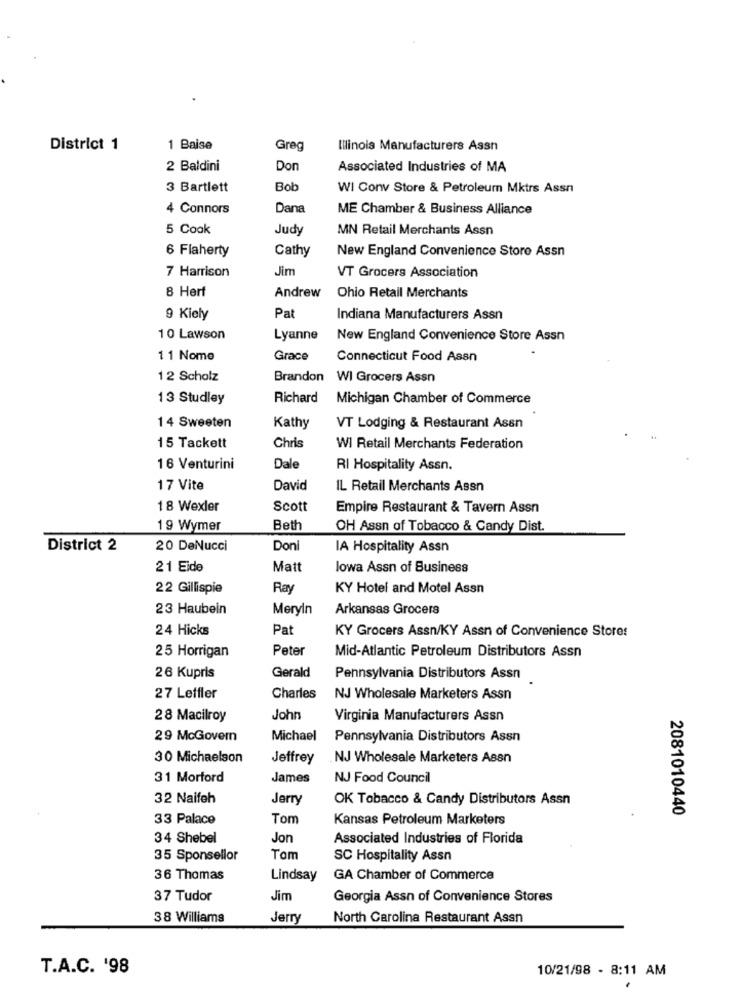
District 1
1 Baise
Greg
Illinois Manufacturers Assn
2 Baldini
Don
Associated Industries of MA
3 Bartlett
Bob
WI Conv Store & Petroleum Mktrs Assn
4 Connors
Dana
ME Chamber & Business Alliance
5 Cook
Judy
MN Retail Merchants Assn
6 Flaherty
Cathy
New England Convenience Store Assn
7 Harrison
Jim
VT Grocers Association
8 Herf
Andrew
Ohio Retail Merchants
9 Kiely
Pat
Indiana Manufacturers Assn
10 Lawson
Lyanne
New England Convenience Store Assn
1 1 Nome
Grace
Connecticut Food Assn
12 Scholz
Brandon
WI Grocers Assn
13 Studley
Richard
Michigan Chamber of Commerce
14 Sweeten
Kathy
VT Lodging & Restaurant Assn
15 Tackett
Chris
WI Retail Merchants Federation
16 Venturini
Dale
RI Hospitality Assn.
17 Vite
David
IL Retail Merchants Assn
18 Wexler
Scott
Empire Restaurant & Tavern Assn
19 Wymer
Beth
OH Assn of Tobacco & Candy Dist.
District 2
20 DeNucci
Doni
IA Hospitality Assn
21 Eide
Matt
lowa Assn of Business
22 Gillispie
Ray
KY Hotel and Motel Assn
23 Haubein
Meryln
Arkansas Grocers
24 Hicks
Pat
KY Grocers Assn/KY Assn of Convenience Stores
25 Horrigan
Peter
Mid-Atlantic Petroleum Distributors Assn
26 Kupris
Gerald
Pennsylvania Distributors Assn
27 Leffler
Charles
NJ Wholesale Marketers Assn
28 Macilroy
John
Virginia Manufacturers Assn
29 McGovern
Michael
Pennsylvania Distributors Assn
30 Michaelson
Jeffrey
NJ Wholesale Marketers Assn
31 Morford
James
NJ Food Council
32 Naifeh
Jerry
OK Tobacco & Candy Distributors Assn
2081010440
33 Palace
Tom
Kansas Petroleum Marketers
34 Shebel
Jon
Associated Industries of Florida
35 Sponsellor
Tom
SC Hospitality Assn
36 Thomas
Lindsay
GA Chamber of Commerce
37 Tudor
Jim
Georgia Assn of Convenience Stores
38 Williams
Jerry
North Carolina Restaurant Assn
T.A.C. '98
10/21/98 - 8:11 AM